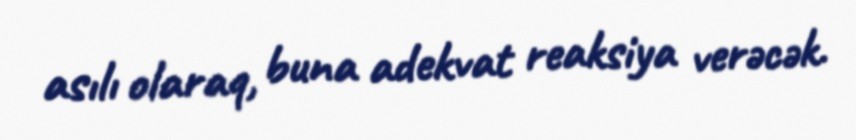
asılı olaraq, buna adekvat reaksiya verəcək.